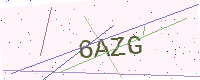
Text: 6AZG